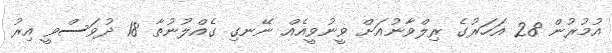
އުމުރުން 28 އަހަރުގެ ރިލްވާނުއަށް ވީނުވީއެއް ނޭނގި ގެއްލުނުތާ 18 ދުވަސްވީ އިރު